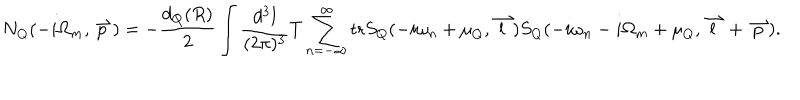
LaTeX: N _ { Q } ( - i \Omega _ { m } , \stackrel { \rightharpoonup } { p } ) = - \frac { d _ { Q } ( R ) } { 2 } \int \frac { d ^ { 3 } l } { ( 2 \pi ) ^ { 3 } } T \sum _ { n = - \infty } ^ { \infty } \mathrm { t r } S _ { Q } ( - i \omega _ { n } + \mu _ { Q } , \stackrel { \rightharpoonup } { l } ) S _ { Q } ( - i \omega _ { n } - i \Omega _ { m } + \mu _ { Q } , \stackrel { \rightharpoonup } { l } + \stackrel { \rightharpoonup } { p } ) .